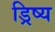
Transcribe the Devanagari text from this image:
ड्रिष्य